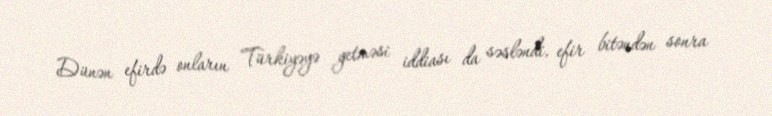
Dünən efirdə onların Türkiyəyə getməsi iddiası da səsləndi, efir bitəndən sonra